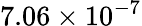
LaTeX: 7.06\times 10^{-7}